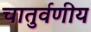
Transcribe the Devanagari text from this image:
चातुर्वणीय